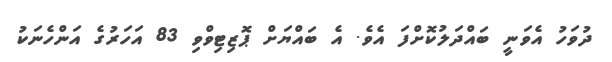
ދުވަހު އެވަނީ ބައްދަލުކޮށްފަ އެވެ. އެ ބައްޔަށް ޕޮޒިޓިވްވި 83 އަހަރުގެ އަންހެނަކު